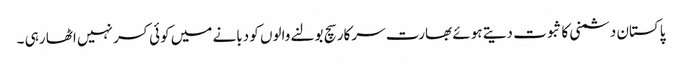
پاکستان دشمنی کا ثبوت دیتے ہوئے بھارت سرکار سچ بولنے والوں کو دبانے میں کوئی کسر نہیں اٹھا رہی ۔